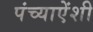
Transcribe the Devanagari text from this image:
पंच्याऐंशी